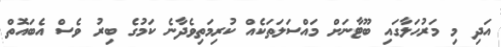
އަދި މި މަރުހަލާގައި ބޫޓާނަށް މައްސަލަތަކެއް ކުރިމަތިވެދާނެ ކަމުގެ ބިރު ވެސް އެބައޮތް